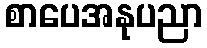
စာပေအနုပညာ